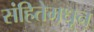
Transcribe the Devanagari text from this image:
संहितेमधून